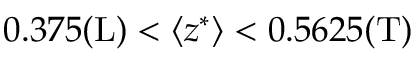
0 . 3 7 5 \mathrm { ( L ) } < \langle z ^ { \ast } \rangle < 0 . 5 6 2 5 \mathrm { ( T ) }